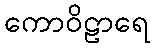
ကောဝိဠာရေ